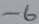
Text: -6